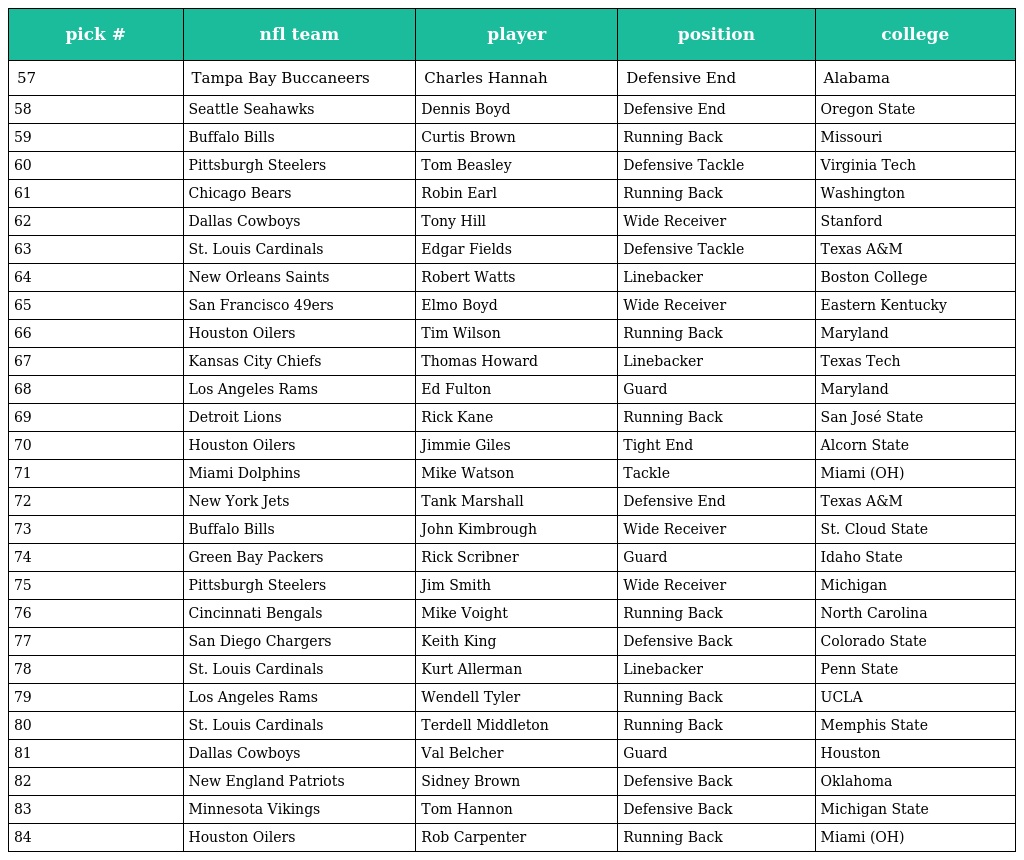
| pick # | nfl team | player | position | college |
 | --- | --- | --- | --- | --- |
 | 57 | Tampa Bay Buccaneers | Charles Hannah | Defensive End | Alabama |
 | 58 | Seattle Seahawks | Dennis Boyd | Defensive End | Oregon State |
 | 59 | Buffalo Bills | Curtis Brown | Running Back | Missouri |
 | 60 | Pittsburgh Steelers | Tom Beasley | Defensive Tackle | Virginia Tech |
 | 61 | Chicago Bears | Robin Earl | Running Back | Washington |
 | 62 | Dallas Cowboys | Tony Hill | Wide Receiver | Stanford |
 | 63 | St. Louis Cardinals | Edgar Fields | Defensive Tackle | Texas A&M |
 | 64 | New Orleans Saints | Robert Watts | Linebacker | Boston College |
 | 65 | San Francisco 49ers | Elmo Boyd | Wide Receiver | Eastern Kentucky |
 | 66 | Houston Oilers | Tim Wilson | Running Back | Maryland |
 | 67 | Kansas City Chiefs | Thomas Howard | Linebacker | Texas Tech |
 | 68 | Los Angeles Rams | Ed Fulton | Guard | Maryland |
 | 69 | Detroit Lions | Rick Kane | Running Back | San José State |
 | 70 | Houston Oilers | Jimmie Giles | Tight End | Alcorn State |
 | 71 | Miami Dolphins | Mike Watson | Tackle | Miami (OH) |
 | 72 | New York Jets | Tank Marshall | Defensive End | Texas A&M |
 | 73 | Buffalo Bills | John Kimbrough | Wide Receiver | St. Cloud State |
 | 74 | Green Bay Packers | Rick Scribner | Guard | Idaho State |
 | 75 | Pittsburgh Steelers | Jim Smith | Wide Receiver | Michigan |
 | 76 | Cincinnati Bengals | Mike Voight | Running Back | North Carolina |
 | 77 | San Diego Chargers | Keith King | Defensive Back | Colorado State |
 | 78 | St. Louis Cardinals | Kurt Allerman | Linebacker | Penn State |
 | 79 | Los Angeles Rams | Wendell Tyler | Running Back | UCLA |
 | 80 | St. Louis Cardinals | Terdell Middleton | Running Back | Memphis State |
 | 81 | Dallas Cowboys | Val Belcher | Guard | Houston |
 | 82 | New England Patriots | Sidney Brown | Defensive Back | Oklahoma |
 | 83 | Minnesota Vikings | Tom Hannon | Defensive Back | Michigan State |
 | 84 | Houston Oilers | Rob Carpenter | Running Back | Miami (OH) |